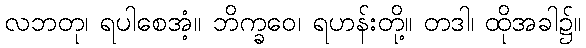
လဘတု၊ ရပါစေအံ့။ ဘိက္ခဝေ၊ ရဟန်းတို့။ တဒါ၊ ထိုအခါ၌။